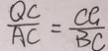
\frac { Q C } { A C } = \frac { C G } { B C }